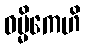
ဓမ္မိကေဟိ